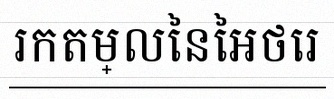
រកតម្លៃនៃអថេរ